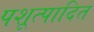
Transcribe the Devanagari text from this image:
पशूत्पादित